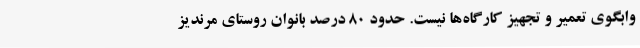
وابگوی تعمیر و تجهیز کارگاه‌ها نیست. حدود 80 درصد بانوان روستای مرندیز